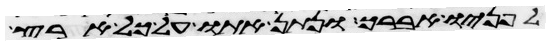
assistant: לפניו אברך ונתן אתו על כל ארץ